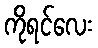
ကိုရင်လေး